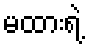
မထားရဲ့